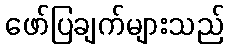
ဖော်ပြချက်များသည်